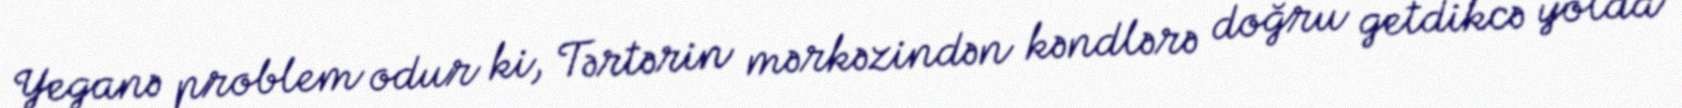
Yeganə problem odur ki, Tərtərin mərkəzindən kəndlərə doğru getdikcə yolda